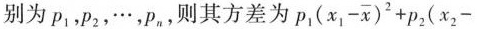
别为p_{1}，p_{2}，\cdots，P_{n}，则其方差为$$p_{1}(x_{1}-\overline{x})^{2}+p_{2}(x_{2}-$$